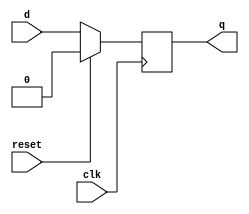
module flip_flop (
  input wire clk,
  input wire reset,
  input wire d,
  output reg q
);

always @(negedge clk) begin
  if (reset) begin
    q <= 1'b0;
  end else begin
    q <= d;
  end
end

endmodule